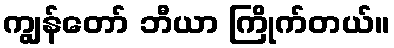
ကျွန်တော် ဘီယာ ကြိုက်တယ်။